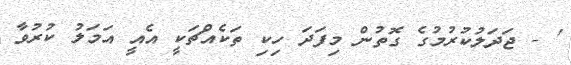
' - ޖަދަލުކުރުމުގެ ގޮތުން މިފަދަ ހިކި ތަކެއްޗަކީ އެއީ އަމަލު ކުރުވާ